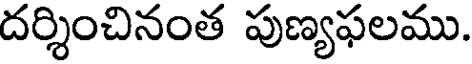
దర్శించినంత పుణ్యఫలము.